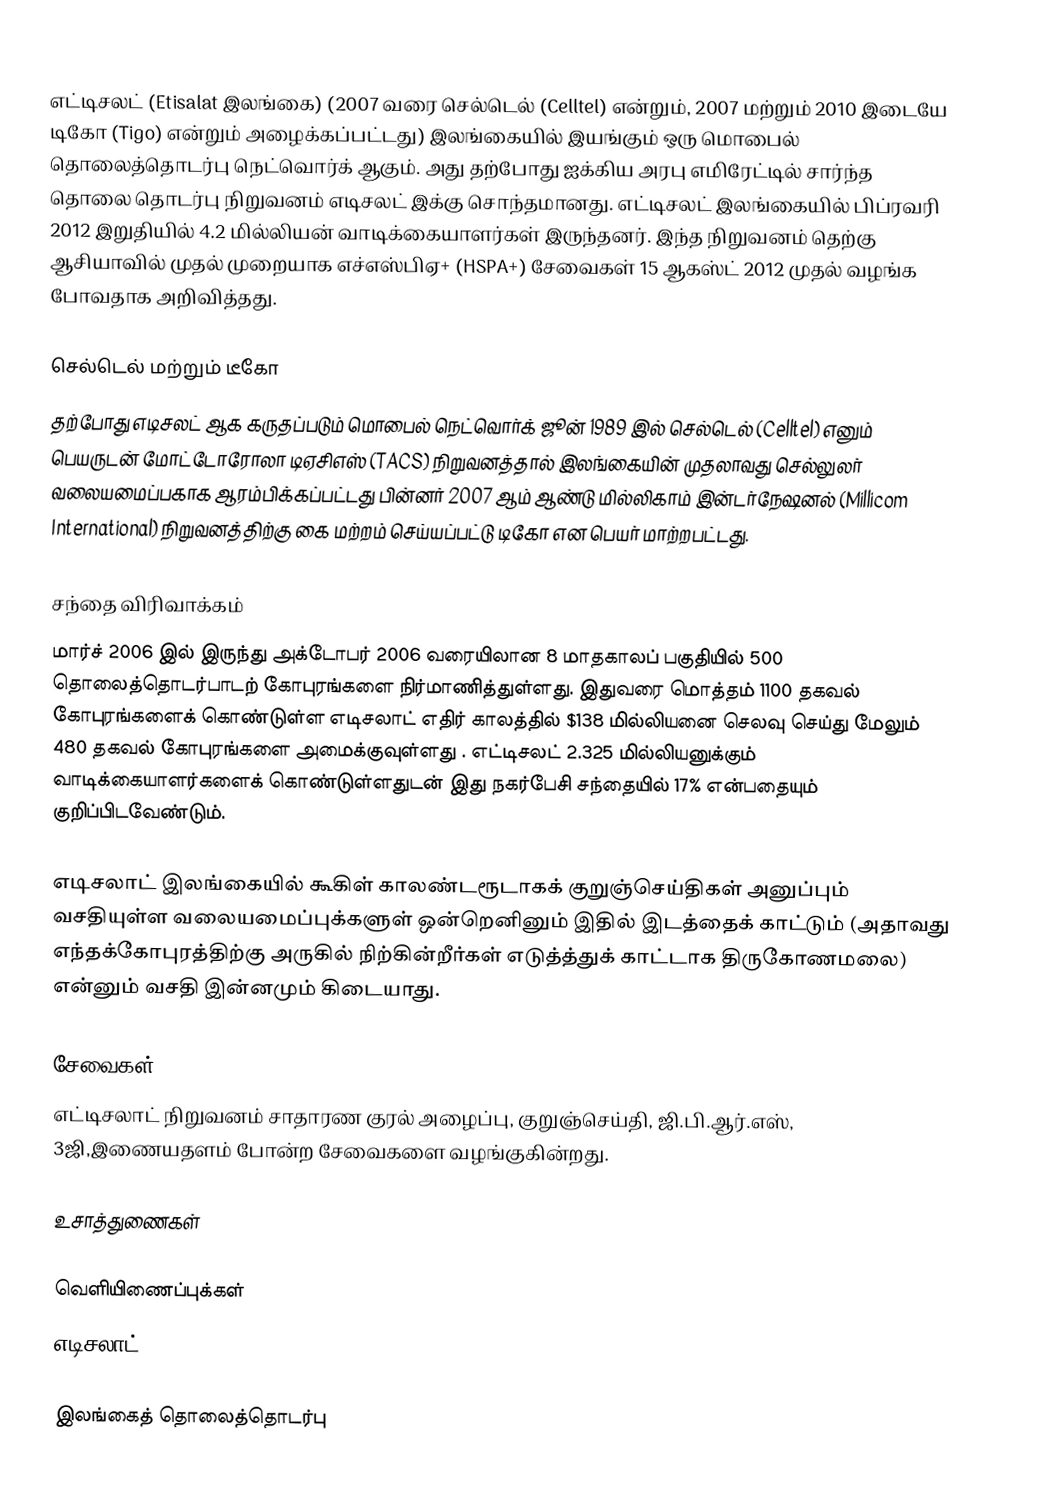
எட்டிசலட் (Etisalat இலங்கை) (2007 வரை செல்டெல் (Celltel) என்றும், 2007 மற்றும் 2010 இடையே டிகோ (Tigo) என்றும் அழைக்கப்பட்டது) இலங்கையில் இயங்கும் ஒரு மொபைல் தொலைத்தொடர்பு நெட்வொர்க் ஆகும். அது தற்போது ஐக்கிய அரபு எமிரேட்டில் சார்ந்த தொலை தொடர்பு  நிறுவனம் எடிசலட் இக்கு சொந்தமானது. எட்டிசலட் இலங்கையில் பிப்ரவரி 2012 இறுதியில் 4.2 மில்லியன் வாடிக்கையாளர்கள் இருந்தனர்.  இந்த நிறுவனம் தெற்கு ஆசியாவில் முதல் முறையாக எச்எஸ்பிஏ+ (HSPA+) சேவைகள் 15 ஆகஸ்ட் 2012 முதல் வழங்க போவதாக அறிவித்தது.

செல்டெல் மற்றும் டீகோ
தற்போது எடிசலட் ஆக கருதப்படும் மொபைல் நெட்வொர்க் ஜூன் 1989 இல்  செல்டெல் (Celltel) எனும் பெயருடன் மோட்டோரோலா  டிஏசிஎஸ் (TACS) நிறுவனத்தால் இலங்கையின் முதலாவது செல்லுலர் வலையமைப்பகாக  ஆரம்பிக்கப்பட்டது பின்னர் 2007 ஆம் ஆண்டு மில்லிகாம்  இன்டர்நேஷனல் (Millicom International) நிறுவனத்திற்கு கை மற்றம் செய்யப்பட்டு டிகோ என பெயர் மாற்றபட்டது.

சந்தை விரிவாக்கம்
மார்ச் 2006 இல் இருந்து அக்டோபர் 2006 வரையிலான 8 மாதகாலப் பகுதியில் 500 தொலைத்தொடர்பாடற் கோபுரங்களை நிர்மாணித்துள்ளது. இதுவரை மொத்தம் 1100 தகவல் கோபுரங்களைக் கொண்டுள்ள எடிசலாட் எதிர் காலத்தில் $138 மில்லியனை செலவு செய்து மேலும் 480 தகவல் கோபுரங்களை அமைக்குவுள்ளது . எட்டிசலட் 2.325 மில்லியனுக்கும் வாடிக்கையாளர்களைக் கொண்டுள்ளதுடன் இது நகர்பேசி சந்தையில் 17% என்பதையும் குறிப்பிடவேண்டும்.

எடிசலாட் இலங்கையில் கூகிள் காலண்டரூடாகக் குறுஞ்செய்திகள் அனுப்பும் வசதியுள்ள வலையமைப்புக்களுள் ஒன்றெனினும் இதில் இடத்தைக் காட்டும் (அதாவது எந்தக்கோபுரத்திற்கு அருகில் நிற்கின்றீர்கள் எடுத்த்துக் காட்டாக திருகோணமலை) என்னும் வசதி இன்னமும் கிடையாது.

சேவைகள்
எட்டிசலாட் நிறுவனம் சாதாரண குரல் அழைப்பு, குறுஞ்செய்தி, ஜி.பி.ஆர்.எஸ், 3ஜி,இணையதளம் போன்ற சேவைகளை வழங்குகின்றது.

உசாத்துணைகள்

வெளியிணைப்புக்கள்
எடிசலாட்

இலங்கைத் தொலைத்தொடர்பு